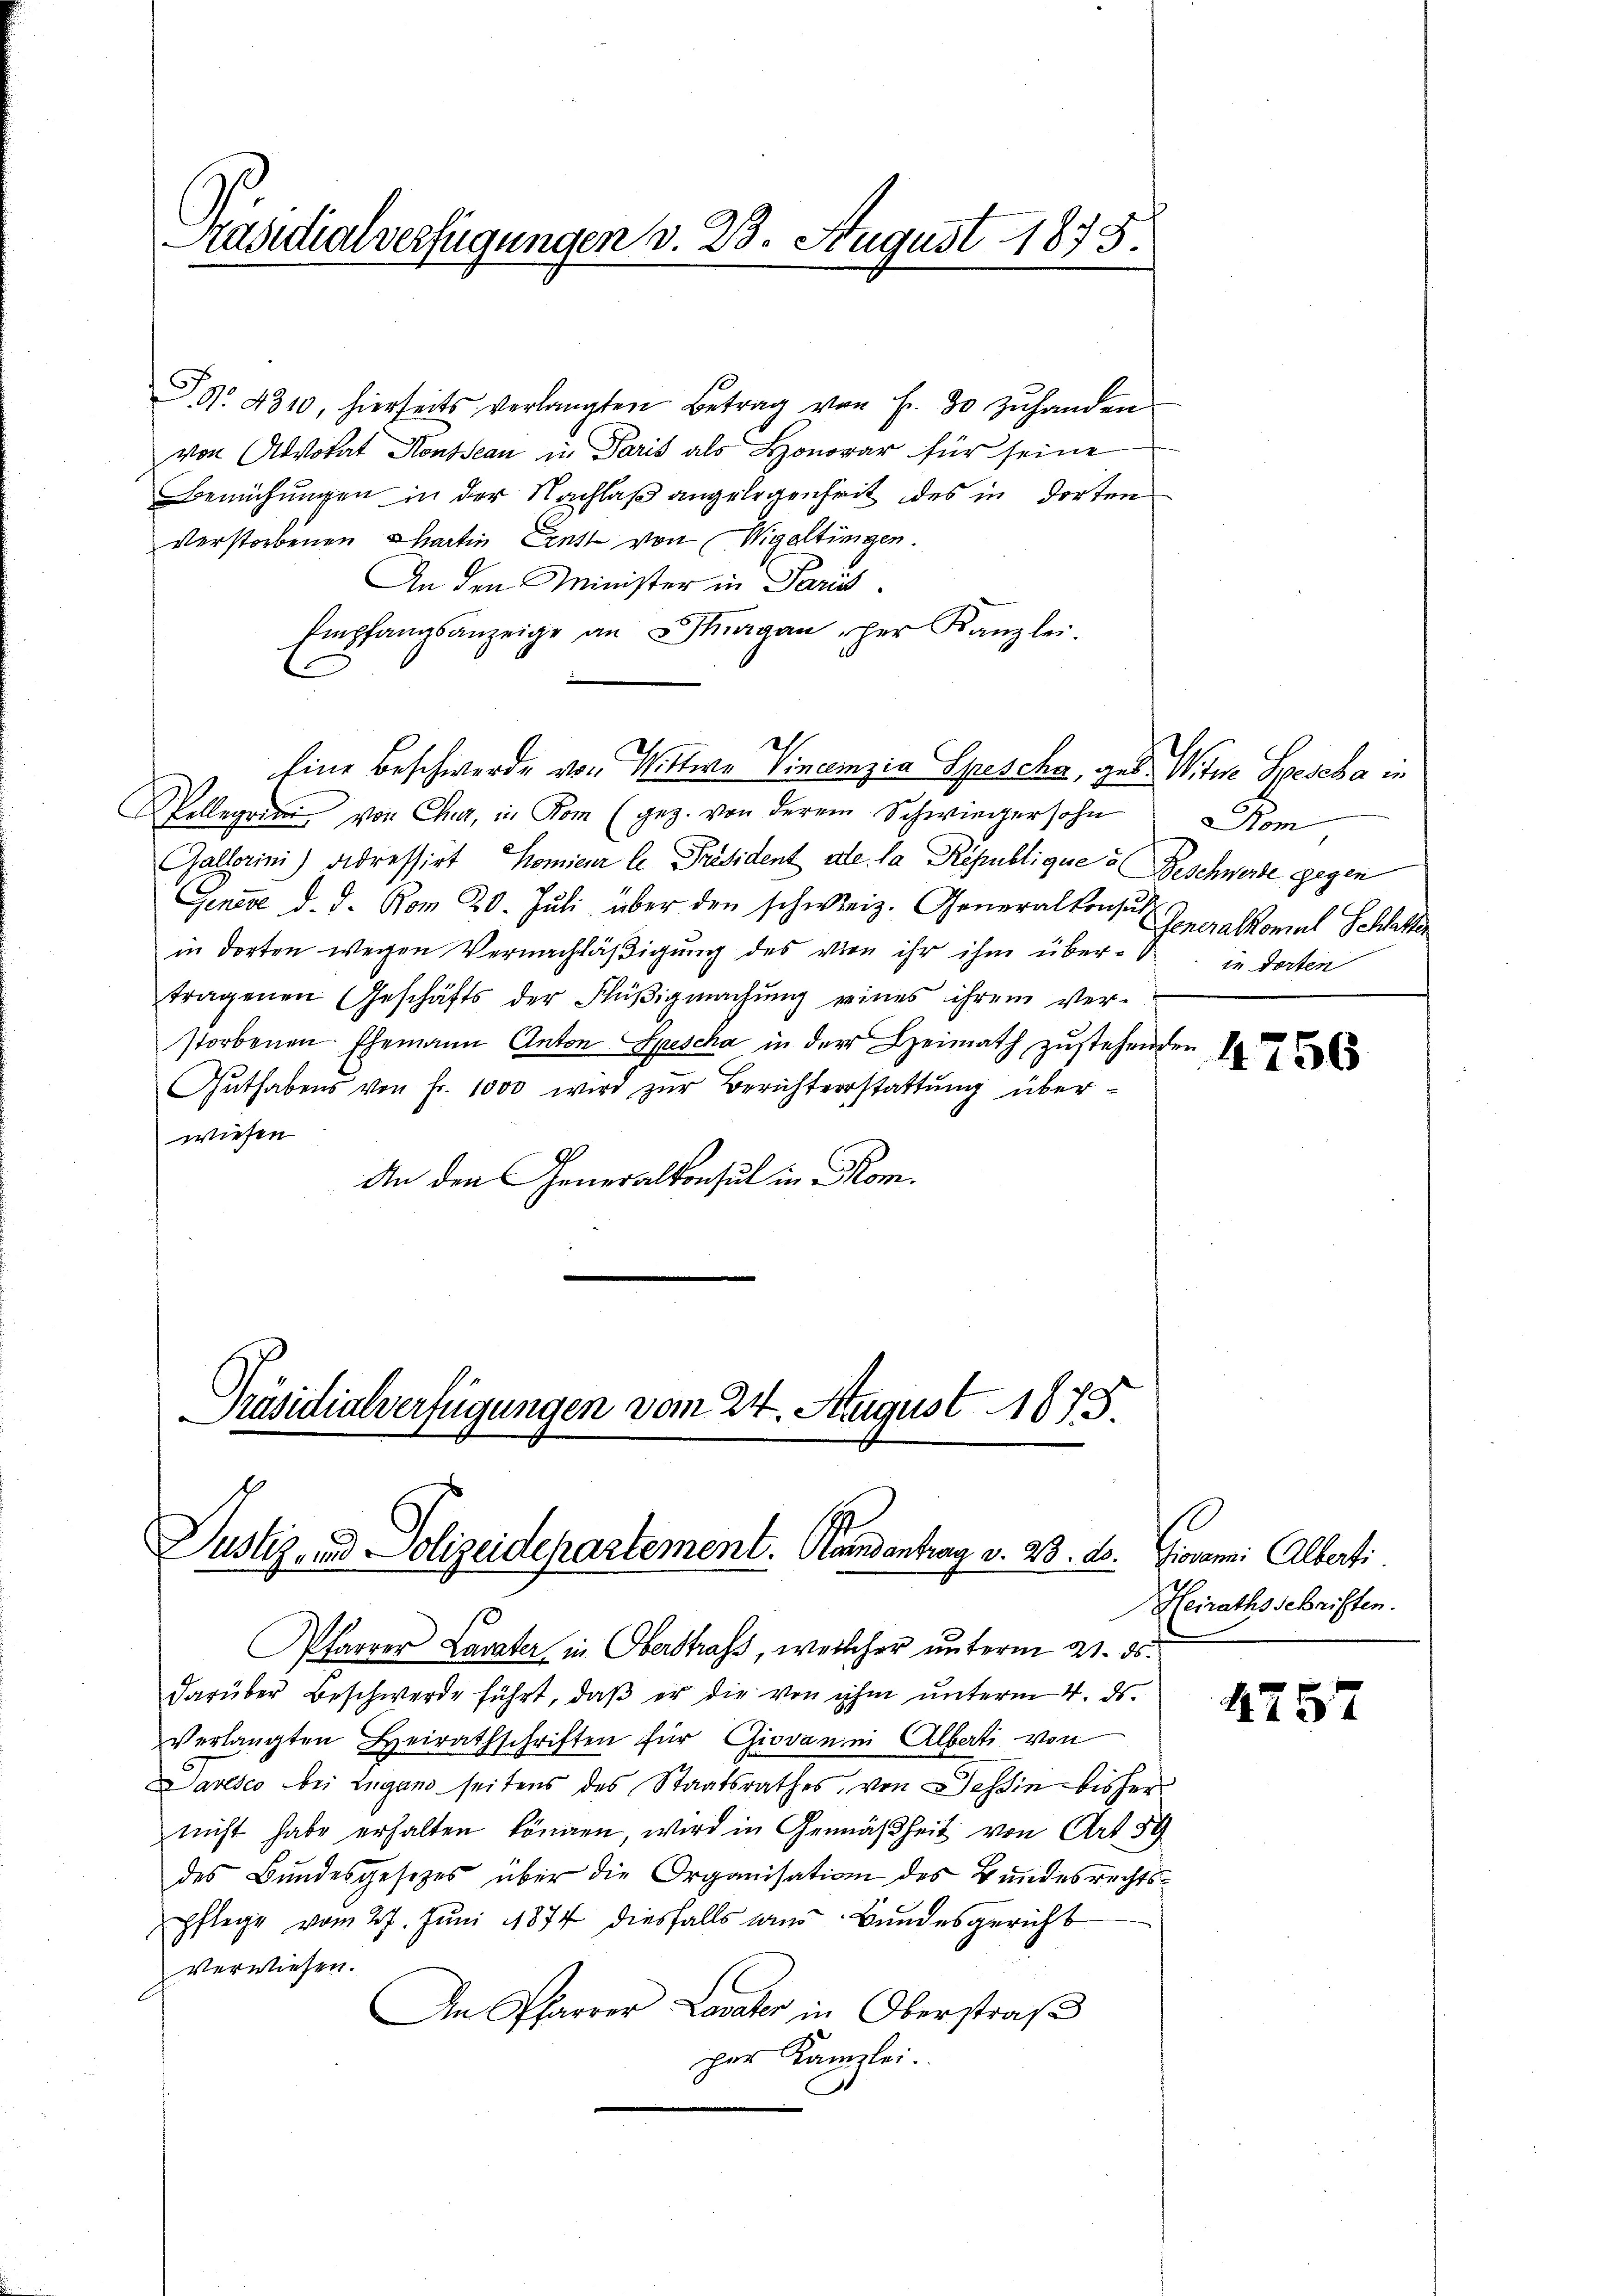
P. Nr. 4310, hierseits verlangten Betrag von Fr. 30 zŭhanden
von Advokat Housseau in Paris als Honorar für seine
Bemühungen in der Nachlaß angelegenheit des in dorten
verstorbenen Chartin Einst von Wigaltingen.
An den Minister in Paris.
Empfangsanzeige an ergan per Kanzlei.
Wollegii von Chur, in Kom (gez. von derem Schwiegersohn
Gallerini) adressirt Komieur le Präsident de la Républiques Beschwerde gegen
Genere d. d. Rom 20. Jŭli über den schweiz. Generalkonsuls Generalkomal Schlatten
in dorten wegen Vernachläβigŭng des vien ihr ihm übertragenen Geschäfts der Flüβigmachŭng eines ihrem Ver-
storbenen Ehemann Anton Spescha in der Heimath zustehenden
Guthabens von Fr. 1000 wird zŭr Berichterstattung überwiesen
An den Generalkonsul in Rom.

Käsidialverfügungen v. 23. August 1875.

Eine Beschwerde von Wittwe Vincenzia Spescha, geb. Witwe Bescha in

Präsidialverfügungen vom 24. August 1875.
Justiz und Polizeidepartement. Handantrag v. 28. ds. Giovanni Alberti

Pfarrer Lavater in Oberstrafs, welcher unterm 21. ds.
darüber Beschwerde führt, daβ er die von ihm ŭnterm 4. ds.
Verlangten Beirathschriften für Giovanini Alberti von
Davesco bei Lugano seitens des Staatsrathes, von Tessin bisher
nicht habe erhalten können, wird in Gemäßheit von Art. 39
des Bundesgesetzes über die Organisation des Bundesrechtspflege vom 27. Juni 1874 diesfalls aus Bundesgericht
verwiesen.
An Pfarrer Lavater in Oberstraβe
per Kanzlei.

om
in dorten

756

Heirathsschriften.

4757